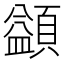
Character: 𩔱